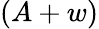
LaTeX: (A+w)